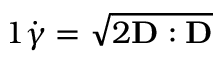
\begin{array} { r } { { 1 } \dot { \gamma } = \sqrt { 2 \mathbf { D } : \mathbf { D } } } \end{array}